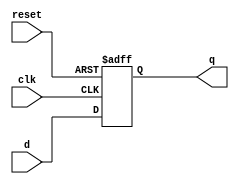
module dffe_ref(q, d, clk, reset);

    //Inputs
    input d, clk, reset;
    //Internal wires
    wire reset;
    //Output
    output q;
    //Register
    reg q;

    //Intialize q to 0
    initial
    begin
        q = 1'b0;
    end

    //Set value of q on positive edge of the clock or clear
    always @(posedge clk or posedge reset) begin
        //If reset is high, set q to 0
        if (reset) begin
            q <= 1'b0;
        end
        else begin
            q <= d;
        end
    end

endmodule